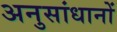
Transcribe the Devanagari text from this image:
अनुसांधानों